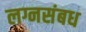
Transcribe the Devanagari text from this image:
लग्नसंबध